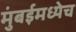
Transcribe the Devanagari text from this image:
मुंबईमध्येच